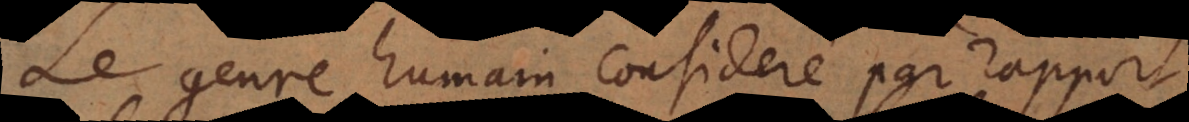
Le genre humain consideré par rapport